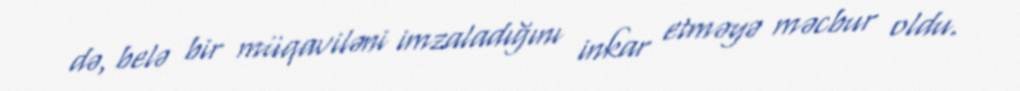
də, belə bir müqaviləni imzaladığını inkar etməyə məcbur oldu.